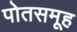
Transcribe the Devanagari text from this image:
पोतसमूह